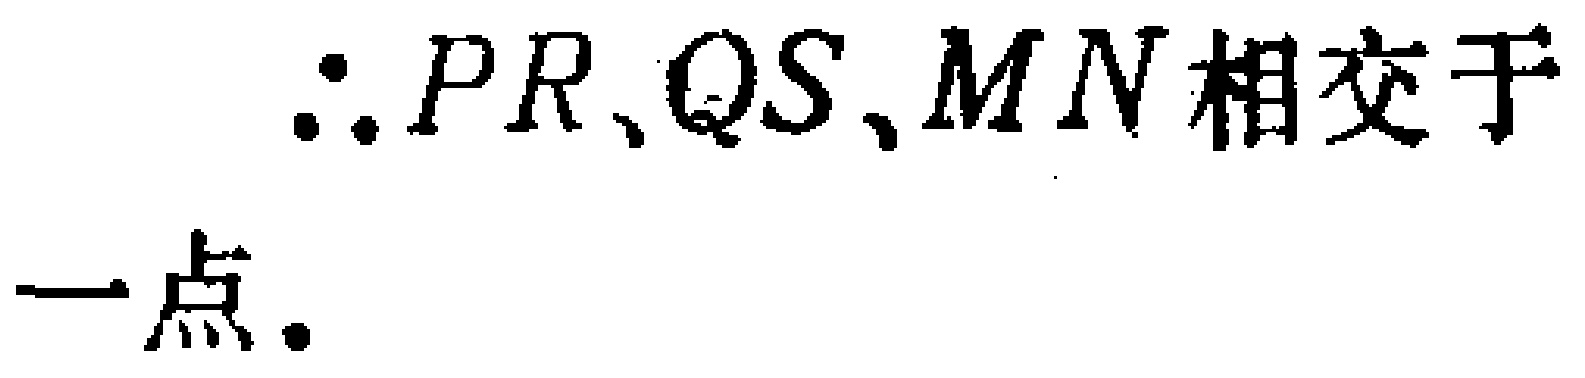
\(\therefore PR、QS、MN相交于一点.\)